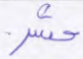
حشر